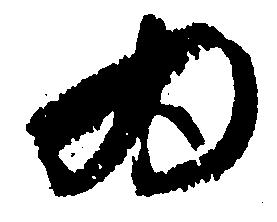
為